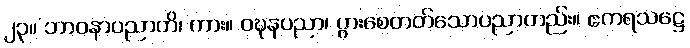
၂၃။ ဘာဝနာပညာတိ၊ ကား။ ဝဍ္ဎနပညာ၊ ပွားစေတတ်သောပညာတည်း။ ဧကရသဋ္ဌေ